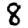
Digit: 8